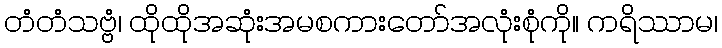
တံတံသဗ္ဗံ၊ ထိုထိုအဆုံးအမစကားတော်အလုံးစုံကို။ ကရိဿာမ၊